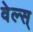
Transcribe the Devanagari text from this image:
वेल्स्